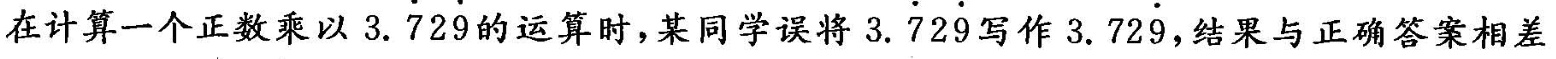
在计算一个正数乘以3.729的运算时，某同学误将3.729写作3.729，结果与正确答案相差